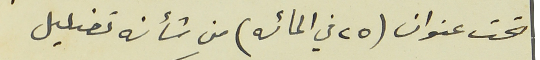
تحت عنوان (٢٥ في المائه) من شأنه تضليل